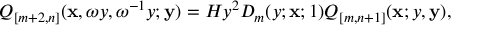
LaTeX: Q _ { [ m + 2 , n ] } ( { \bf x } , \omega y , \omega ^ { - 1 } y ; { \bf y } ) = H y ^ { 2 } D _ { m } ( y ; { \bf x } ; 1 ) Q _ { [ m , n + 1 ] } ( { \bf x } ; y , { \bf y } ) ,